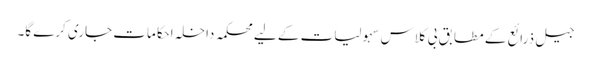
جیل ذرائع کے مطابق بی کلاس سہولیات کے لیے محکمہ داخلہ احکامات جاری کرے گا۔